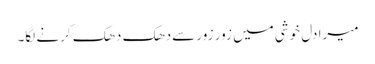
میرا دل خوشی میں زور زور سےدھک دھک کرنے لگا۔